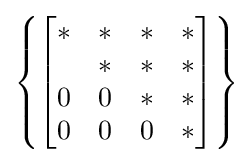
\left\{{\begin{bmatrix}*&*&*&*\\*&*&*&*\\0&0&*&*\\0&0&0&*\end{bmatrix}}\right\}